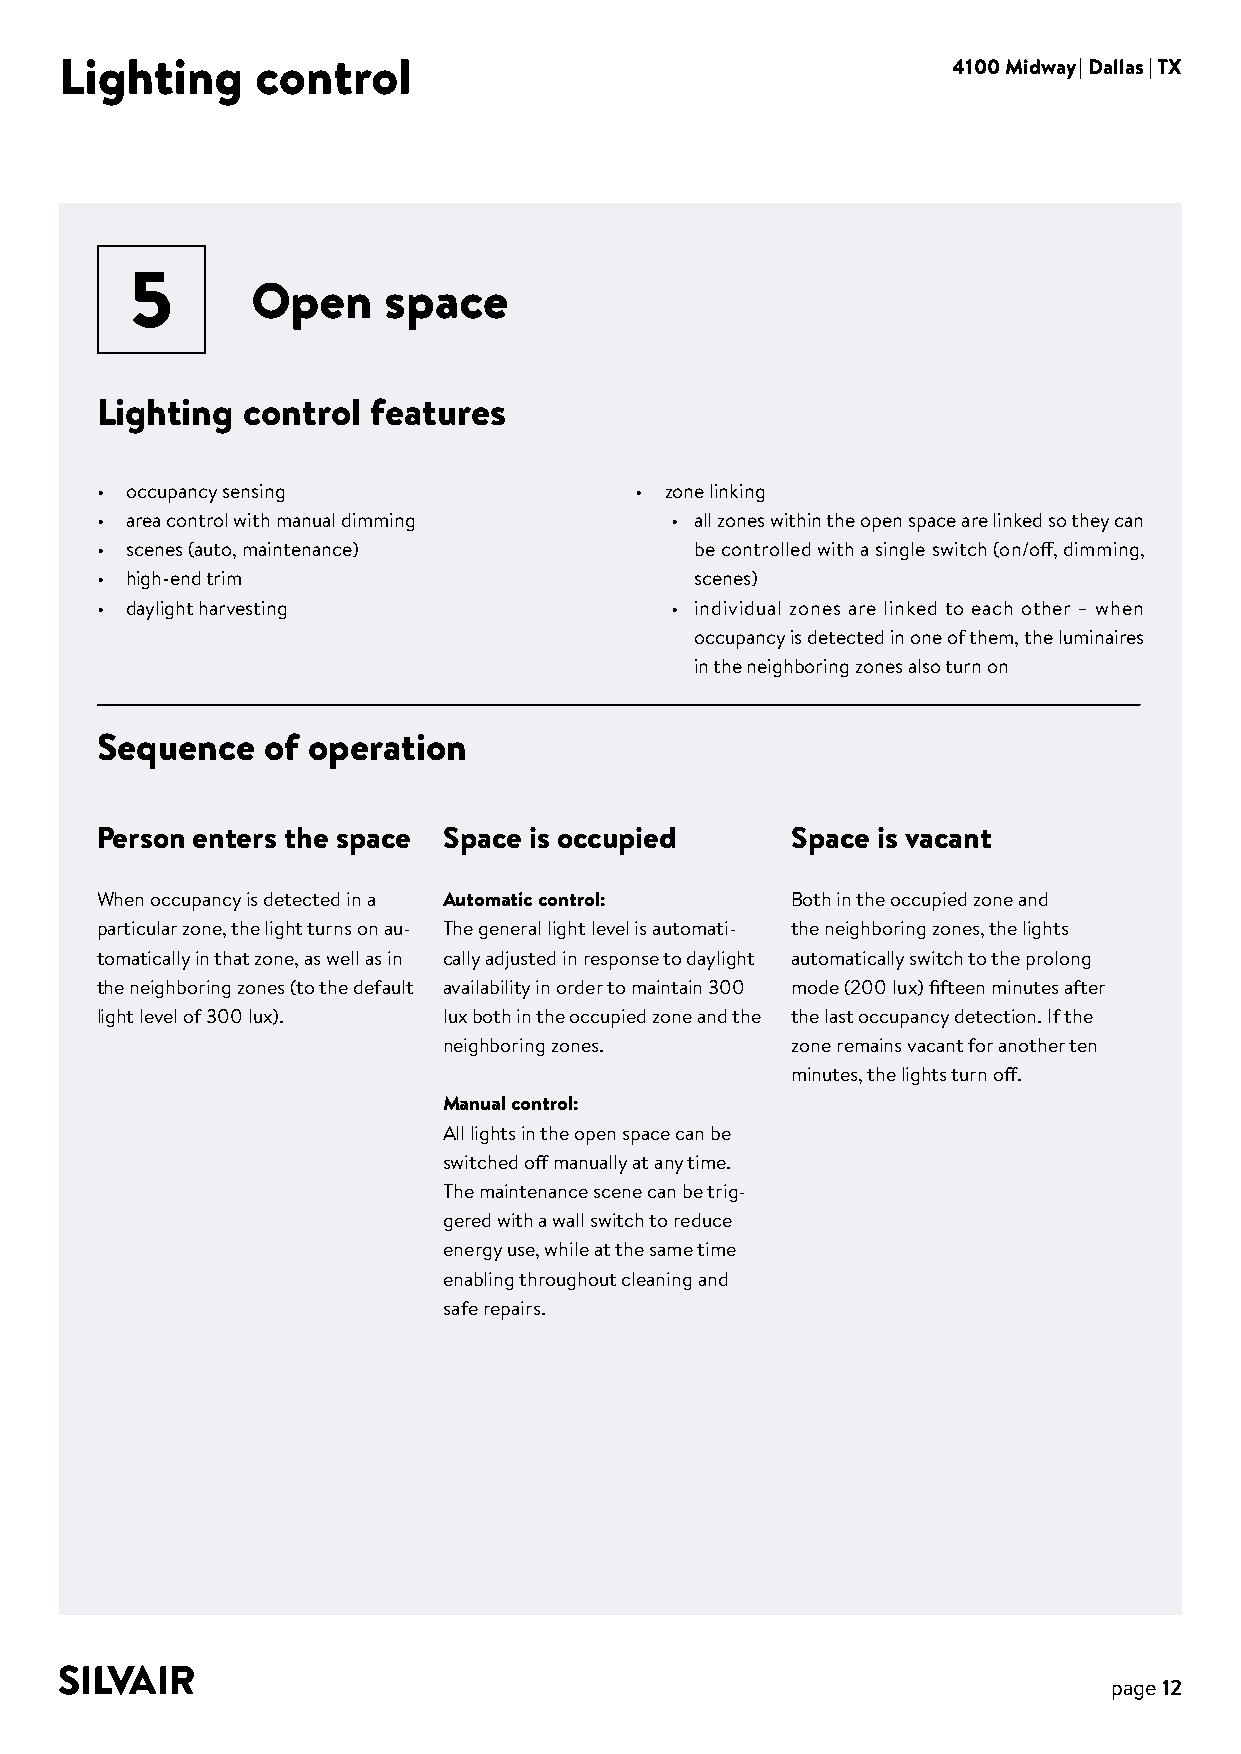
Lighting     control                                       4100 Midway | Dallas | TX
 5
 Open    space
 Lighting  control features
 • occupancy sensing                 • zone linking
 • area control with manual dimming    • all zones within the open space are linked so they can
 • scenes (auto, maintenance)            be controlled with a single switch (on/off, dimming,
 • high-end trim                         scenes)
 • daylight harvesting                 • individual zones are linked to each other – when
 occupancy is detected in one of them, the luminaires
 in the neighboring zones also turn on
 Sequence   of operation
 Person enters the space Space is occupied     Space is vacant
 When occupancy is detected in a Automatic control: Both in the occupied zone and
 particular zone, the light turns on au- The general light level is automati- the neighboring zones, the lights
 tomatically in that zone, as well as in cally adjusted in response to daylight automatically switch to the prolong
 the neighboring zones (to the default availability in order to maintain 300 mode (200 lux) fifteen minutes after
 light level of 300 lux). lux both in the occupied zone and the the last occupancy detection. If the
 neighboring zones.     zone remains vacant for another ten
 minutes, the lights turn off.
 Manual control:
 All lights in the open space can be
 switched off manually at any time.
 The maintenance scene can be trig-
 gered with a wall switch to reduce
 energy use, while at the same time
 enabling throughout cleaning and
 safe repairs.
 page 12